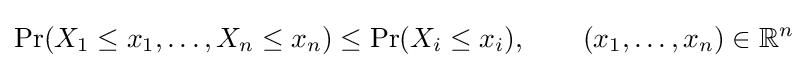
\Pr(X_{1}\leq x_{1},\ldots ,X_{n}\leq x_{n})\leq \Pr(X_{i}\leq x_{i}),\qquad (x_{1},\ldots ,x_{n})\in {\mathbb {R} }^{n}